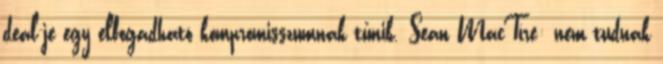
deal-je egy elfogadható kompromisszumnak tűnik. Sean MacTíre: nem tudnak